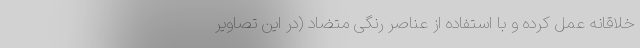
خلاقانه عمل کرده و با استفاده از عناصر رنگی متضاد (در این تصاویر